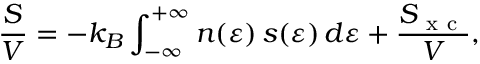
\frac { S } { V } = - k _ { B } \int _ { - \infty } ^ { + \infty } n ( \varepsilon ) \, s ( \varepsilon ) \, d \varepsilon + \frac { S _ { \mathrm { ~ x ~ c ~ } } } { V } ,